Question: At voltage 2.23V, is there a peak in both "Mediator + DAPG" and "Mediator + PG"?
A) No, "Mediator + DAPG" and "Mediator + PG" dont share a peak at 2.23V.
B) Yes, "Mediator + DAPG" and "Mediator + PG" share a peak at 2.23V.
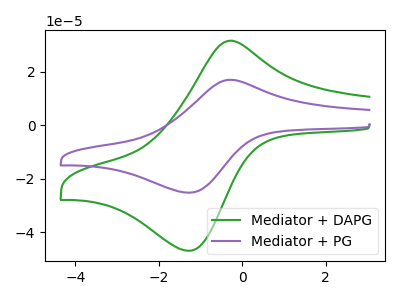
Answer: <think>The green curve "Mediator + DAPG" has an anodic peak at (-0.30V, 31.65uA) and a cathodic peak at (-1.25V, -46.95uA). The purple curve "Mediator + PG" has an anodic peak at (-0.30V, 17.00uA) and a cathodic peak at (-1.25V, -25.25uA).</think>
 <answer>A) No, "Mediator + DAPG" and "Mediator + PG" dont share a peak at 2.23V.</answer>
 <eval>A</eval>